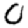
Digit: 0